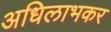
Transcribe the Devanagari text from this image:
अधिलाभकर